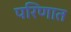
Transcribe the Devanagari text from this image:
परिणात